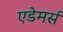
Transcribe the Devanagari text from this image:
एडेमर्स